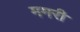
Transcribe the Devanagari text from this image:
ममरी